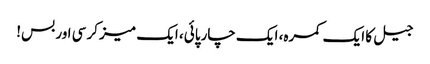
جیل کا ایک کمرہ، ایک چارپائی، ایک میز کرسی اور بس!